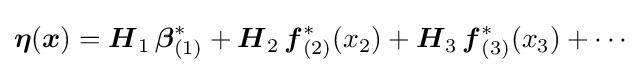
{\boldsymbol {\eta }}({\boldsymbol {x}})={\boldsymbol {H}}_{1}\,{\boldsymbol {\beta }}_{(1)}^{*}+{\boldsymbol {H}}_{2}\,{\boldsymbol {f}}_{(2)}^{*}(x_{2})+{\boldsymbol {H}}_{3}\,{\boldsymbol {f}}_{(3)}^{*}(x_{3})+\cdots \,\!